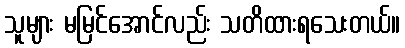
သူများ မမြင်အောင်လည်း သတိထားရသေးတယ်။